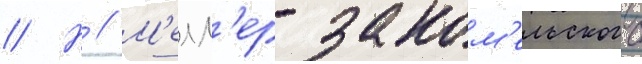
// Н // М'елл'ер-заком'ельского